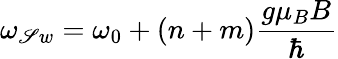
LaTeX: \omega_{\mathscr{S}w}=\omega_{0}+(n+m)\frac{{g\mu_{B}B}}{{\hbar}}